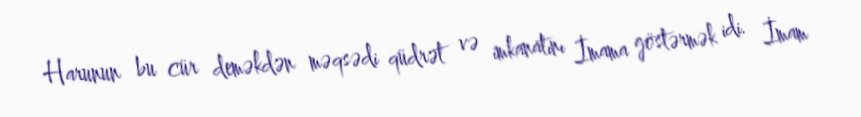
Harunun bu cür deməkdən məqsədi qüdrət və imkanatını İmama göstərmək idi. İmam